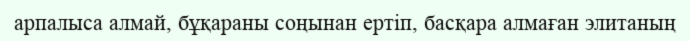
арпалыса алмай, бұқараны соңынан ертіп, басқара алмаған элитаның